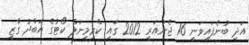
އަދި ބުނެފައިވަނީ 16 ޖެނުއަރީ 2012 ގައި ކްރިމިނަލް ކޯޓުގެ އަބްދު ގާޒީ